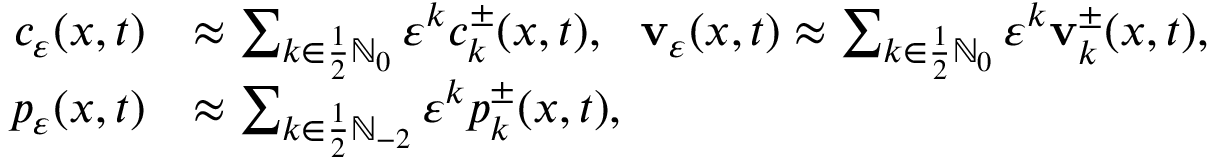
\begin{array} { r l } { c _ { \ensuremath { \varepsilon } } ( x , t ) } & { \approx \sum _ { k \in \frac 1 2 \ensuremath { \mathbb { N } } _ { 0 } } \ensuremath { \varepsilon } ^ { k } c _ { k } ^ { \pm } ( x , t ) , \ \ \mathbf { v } _ { \ensuremath { \varepsilon } } ( x , t ) \approx \sum _ { k \in \frac 1 2 \ensuremath { \mathbb { N } } _ { 0 } } \ensuremath { \varepsilon } ^ { k } \mathbf { v } _ { k } ^ { \pm } ( x , t ) , \ } \\ { p _ { \ensuremath { \varepsilon } } ( x , t ) } & { \approx \sum _ { k \in \frac 1 2 \ensuremath { \mathbb { N } } _ { - 2 } } \ensuremath { \varepsilon } ^ { k } p _ { k } ^ { \pm } ( x , t ) , } \end{array}